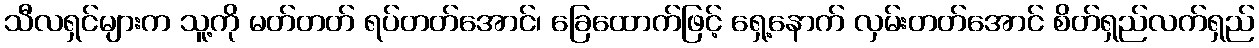
သီလရှင်များက သူ့ကို မတ်တတ် ရပ်တတ်အောင်၊ ခြေထောက်ဖြင့် ရှေ့နောက် လှမ်းတတ်အောင် စိတ်ရှည်လက်ရှည်